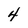
Character: 4